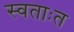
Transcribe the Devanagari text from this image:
स्वताःत